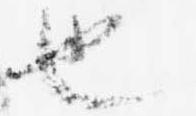
也